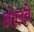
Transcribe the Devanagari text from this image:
ओलवे